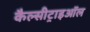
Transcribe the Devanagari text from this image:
कैल्सीट्राइऑल